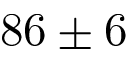
8 6 \pm 6